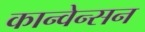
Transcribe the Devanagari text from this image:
कान्वेन्सन